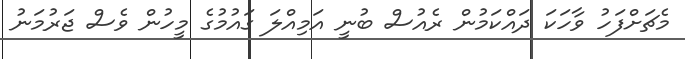
މެޗަށްފަހު ވާހަކަ ދައްކަމުން ރެއުސް ބުނީ އަމިއްލަ ގައުމުގެ މީހުން ވެސް ޖަރުމަނު